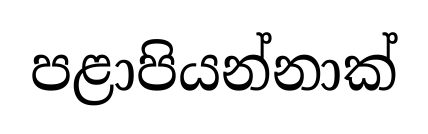
පළාපියන්නාක්